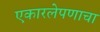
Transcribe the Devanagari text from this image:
एकारलेपणाचा